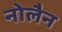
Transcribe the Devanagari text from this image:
नोलैन